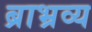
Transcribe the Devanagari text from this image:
ब्राभ्रव्य